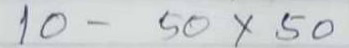
10 - 50 x 50